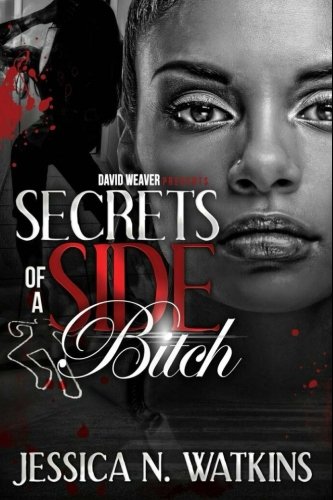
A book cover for Secrets of a Side Bitch; Jessica N. Watkins; Romance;